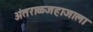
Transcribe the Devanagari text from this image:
अंतराळजहाजाला